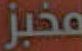
مخبز